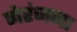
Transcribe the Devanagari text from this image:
नेरंजना